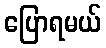
ပြောရမယ်